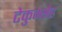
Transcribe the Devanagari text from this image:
टेकुम्सेह